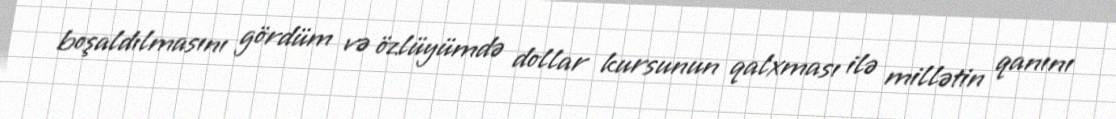
boşaldılmasını gördüm və özlüyümdə dollar kursunun qalxması ilə millətin qanını